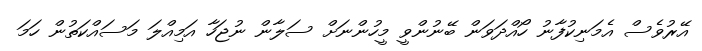
އޭރުވެސް އެމަނިކުފާނު ހޯއްދަވަން ބޭނުންވީ މީހުންނަށް ސަލާން ނުޖަހާ އަމިއްލަ މަސައްކަތުން ހަމަ